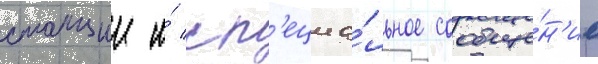
станции и́ сп'ециа́льное сообще́н'ие